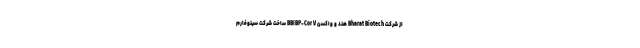
از شرکت Bharat Biotech هند و واکسن BBIBP-Cor V ساخت شرکت سینوفارم